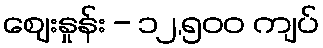
ဈေးနှုန်း - ၁၂,၅၀၀ ကျပ်